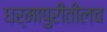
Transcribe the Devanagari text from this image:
धर्मापुरीतीलच